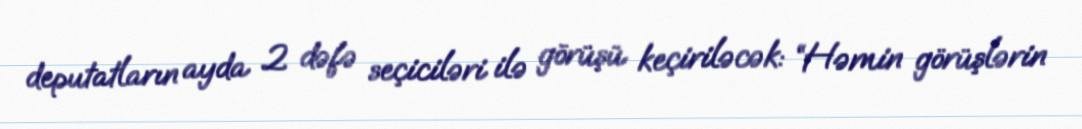
deputatların ayda 2 dəfə seçiciləri ilə görüşü keçiriləcək: “Həmin görüşlərin